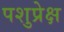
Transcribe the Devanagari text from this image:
पशुप्रेक्ष